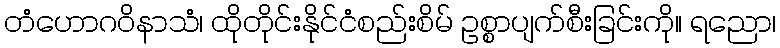
တံဟောဂဝိနာသံ၊ ထိုတိုင်းနိုင်ငံစည်းစိမ် ဥစ္စာပျက်စီးခြင်းကို။ ရညော၊